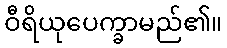
ဝီရိယုပေက္ခာမည်၏။